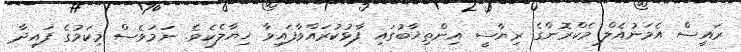
ރައީސް އެމަނުއެލް މެކްރޮންގެ ރިޔާސީ އިންތިޚާބުގައި ފާޅުކުރައްވާފައިވާ ޚިޔާލެކެވެ. ނަމަވެސް މިކަމުގެ ފައިދާ